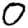
Digit: 0